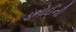
ડભોઈની